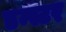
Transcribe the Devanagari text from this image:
डन्स्टर